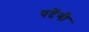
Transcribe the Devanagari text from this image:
पदेंगी